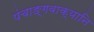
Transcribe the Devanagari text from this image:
पंचाङ्गवाक्यानि